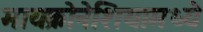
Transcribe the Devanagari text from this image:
मायक्रोनेशियामध्ये